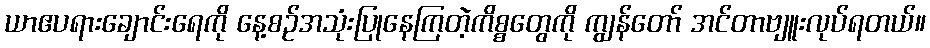
ယာဧပရားချောင်းရေကို နေ့စဉ်အသုံးပြုနေကြတဲ့ကိစ္စတွေကို ကျွန်တော် အင်တာဗျူးလုပ်ရတယ်။